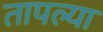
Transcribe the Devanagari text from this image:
तापल्या